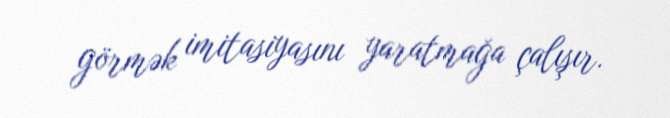
görmək imitasiyasını yaratmağa çalışır.